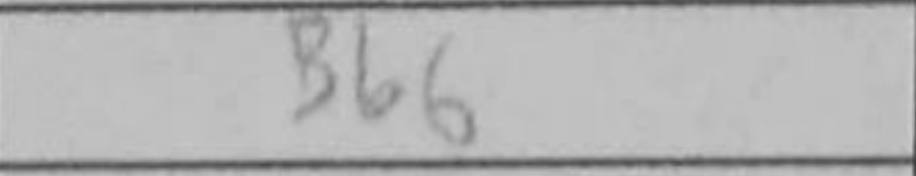
Transcription: Bb6